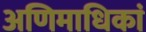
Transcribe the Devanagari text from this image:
अणिमाधिकां